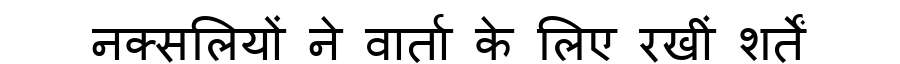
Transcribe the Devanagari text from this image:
नक्सलियों ने वार्ता के लिए रखीं शर्तें